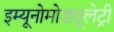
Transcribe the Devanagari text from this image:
इम्यूनोमोड्यूलेट्री